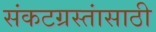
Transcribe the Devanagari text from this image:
संकटग्रस्तांसाठी